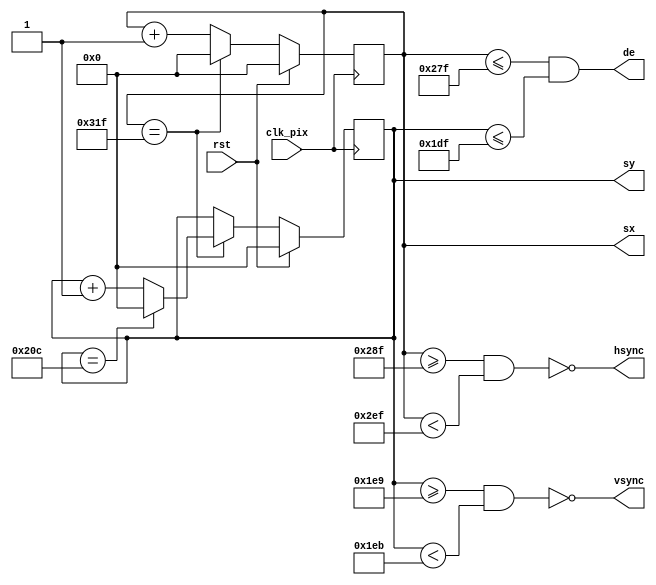
`timescale 1ns / 1ps
//////////////////////////////////////////////////////////////////////////////////
// Company: 
// Engineer: 
// 
// Design Name: 
// Module Name:    display_timings_480p 
// Project Name: 
// Target Devices: 
// Tool versions: 
// Description: 
//
// Dependencies: 
//
// Revision: 
// Revision 0.01 - File Created
// Additional Comments: 
//
//////////////////////////////////////////////////////////////////////////////////
module display_timings_480p(
	input  wire clk_pix,   // pixel clock
    input  wire rst,       // reset
    output  reg    [9:0] sx,  // horizontal screen position
    output  reg    [9:0] sy,  // vertical screen position
    output  wire    hsync,     // horizontal sync
    output  wire    vsync,     // vertical sync
    output  wire    de         // data enable (low in blanking interval)
    );

    // horizontal timings
    parameter HA_END = 639;           // end of active pixels
    parameter HS_STA = HA_END + 16;   // sync starts after front porch
    parameter HS_END = HS_STA + 96;   // sync ends
    parameter LINE   = 799;           // last pixel on line (after back porch)

    // vertical timings
    parameter VA_END = 479;           // end of active pixels
    parameter VS_STA = VA_END + 10;   // sync starts after front porch
    parameter VS_END = VS_STA + 2;    // sync ends
    parameter SCREEN = 524;           // last line on screen (after back porch)

    assign  hsync = ~(sx >= HS_STA && sx < HS_END);  // invert: negative polarity
    assign  vsync = ~(sy >= VS_STA && sy < VS_END);  // invert: negative polarity
    assign  de = (sx <= HA_END && sy <= VA_END);

    // calculate horizontal and vertical screen position
    always @(posedge clk_pix) begin
        if (sx == LINE) begin  // last pixel on line?
            sx <= 0;
            sy <= (sy == SCREEN) ? 0 : sy + 1;  // last line on screen?
        end else begin
            sx <= sx + 1;
        end
        if (rst) begin
            sx <= 0;
            sy <= 0;
        end
    end
endmodule